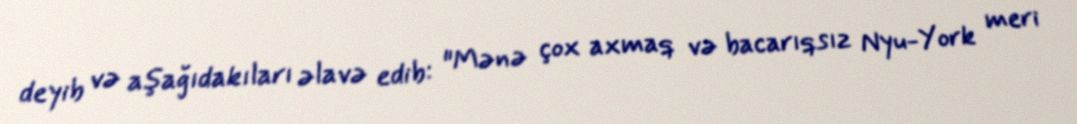
deyib və aşağıdakıları əlavə edib: "Mənə çox axmaq və bacarıqsız Nyu-York meri